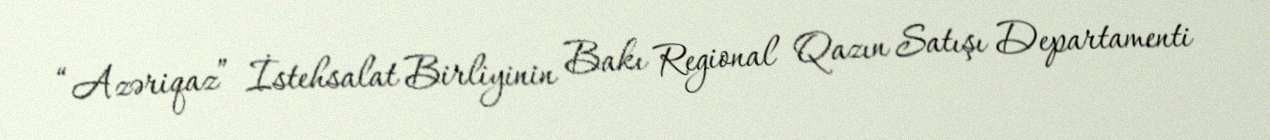
“Azəriqaz” İstehsalat Birliyinin Bakı Regional Qazın Satışı Departamenti